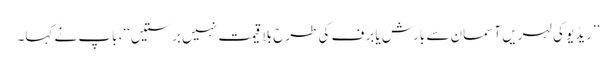
’’ریڈیو کی لہریں آسمان سے بارش یا برف کی طرح بلا قیمت نہیں برستیں‘‘، باپ نے کہا۔